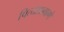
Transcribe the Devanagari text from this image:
पित्याप्रमाणे